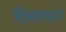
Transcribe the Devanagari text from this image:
दिसणारं